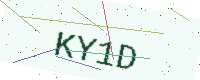
Text: KY1D